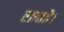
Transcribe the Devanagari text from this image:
राहाहै।